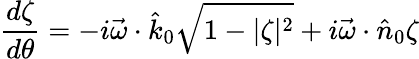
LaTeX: \frac{d\zeta}{d\theta}=-i\vec{\omega}\cdot\hat{k}_{0}\sqrt{1-|\zeta|^{2}}+i\vec{\omega}\cdot\hat{n}_{0}\zeta